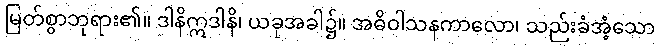
မြတ်စွာဘုရား၏။ ဒါနိဣဒါနိ၊ ယခုအခါ၌။ အဓိဝါသနကာလော၊ သည်းခံအံ့သော